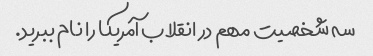
سه شخصیت مهم در انقلاب آمریکا را نام ببرید.